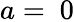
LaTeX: a=~0